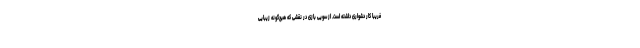
فریبا کار دشواری داشته است. از سویی بازی در نقشی که هیچ‌گونه زیبایی